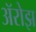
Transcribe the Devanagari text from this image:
ॲरोझ